Leaving Certificate Examination (including Day School Certificate (Higher) General paper), 1937
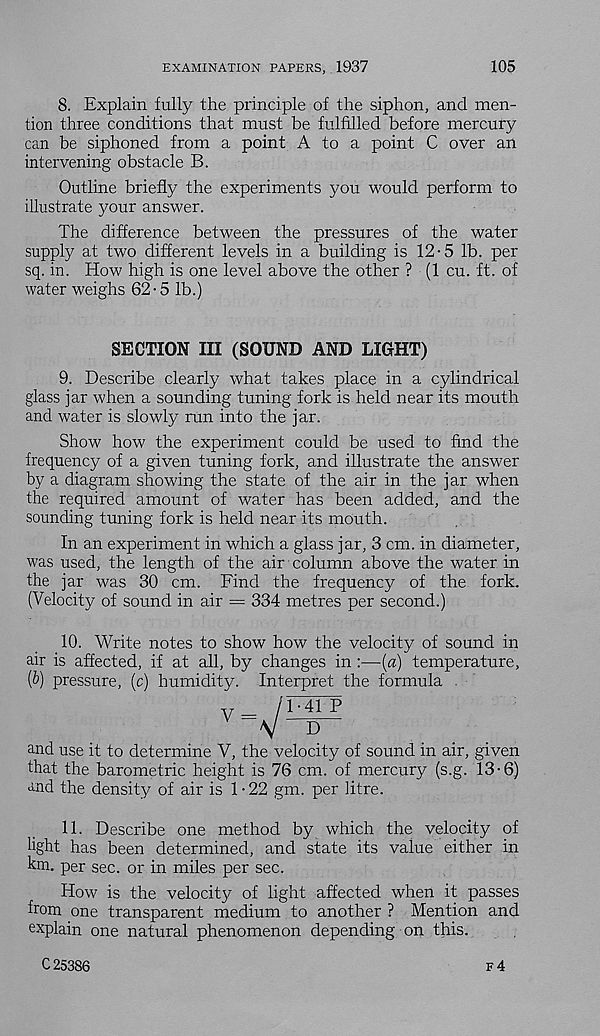
EXAMINATION PAPERS, 1937
105
8. Explain fully the principle of the siphon, and men-
tion three conditions that must be fulfilled before mercury
can be siphoned from a point A to a point C over an
intervening obstacle B.
Outline briefly the experiments you would perform to
illustrate your answer.
The difference between the pressures of the water
supply at two different levels in a building is 12-5 lb. per
sq. in. How high is one level above the other ? (1 cu. ft. of
water weighs 62-5 lb.)
SECTION III (SOUND AND LIGHT)
9. Describe clearly what takes place in a cylindrical
glass jar when a sounding tuning fork is held near its mouth
and water is slowly run into the jar.
Show how the experiment could be used to find the
frequency of a given tuning fork, and illustrate the answer
by a diagram showing the state of the air in the jar when
the required amount of water has been added, and the
sounding tuning fork is held near its mouth.
In an experiment in which a glass jar, 3 cm. in diameter,
was used, the length of the air column above the water in
the jar was 30 cm. Find the frequency of the fork.
(Velocity of sound in air = 334 metres per second.)
10. Write notes to show how the velocity of sound in
air is affected, if at all, by changes in :—•(«) temperature,
{b) pressure, (c) humidity. Interpret the formula
and use it to determine V, the velocity of sound in air, given
that the barometric height is 76 cm. of mercury (s.g. 13-6)
and the density of air is 1-22 gm. per litre.
11. Describe one method by which the velocity of
light has been determined, and state its value either in
km. per sec. or in miles per sec.
How is the velocity of light affected when it passes
from one transparent medium to another ? Mention and
explain one natural phenomenon depending on this.
C 25386
f4